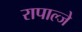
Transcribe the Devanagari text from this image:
रापाल्जे